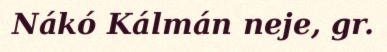
Nákó Kálmán neje, gr.